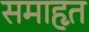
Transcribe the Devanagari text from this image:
समाहृत